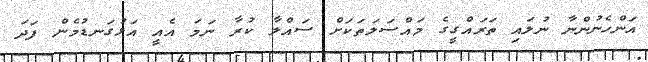
އަންހެނުންނާ ނުލައި ތަރައްގީގެ މައްސަލަތަކަށް ސައްލާ ކުރާ ނަމަ އެއީ އަޅުގަނޑުމެން ފަދަ